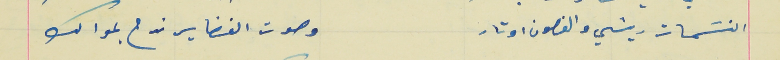
النسَمات ريشي والغصون اوتار                                 وصوت الفضا يرندح بموالك